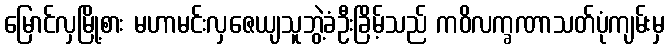
မြောင်လှမြို့စား မဟာမင်းလှဇေယျသူဘွဲ့ခံဦးခြိမ့်သည် ကဝိလက္ခဏာသတ်ပုံကျမ်းမှ